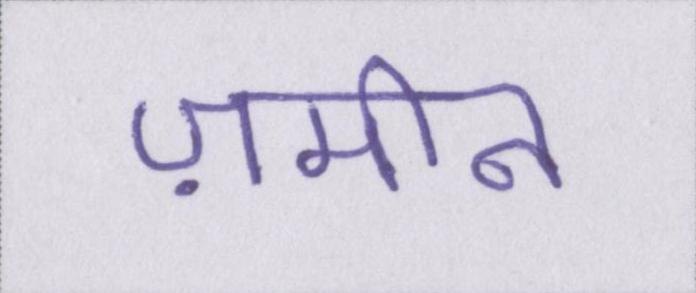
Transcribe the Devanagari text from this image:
ज़मीन